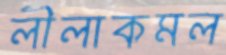
লীলাকমল